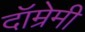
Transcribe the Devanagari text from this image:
दॉम्रेमी